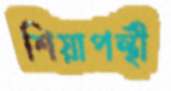
শিয়াপন্থী